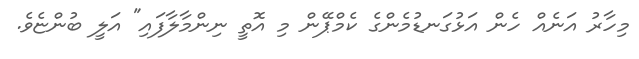
މިހާރު އަނެއް ހެން އަޅުގަނޑުމެންގެ ކެމްޕޭން މި އޮތީ ނިންމާލާފައި" އަލީ ބުންޏެވެ.